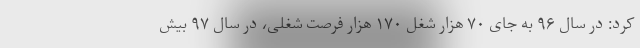
کرد: در سال ۹۶ به جای ۷۰ هزار شغل ۱۷۰ هزار فرصت شغلی، در سال ۹۷ بیش